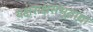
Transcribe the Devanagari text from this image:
यक्षराक्षसभूताद्या